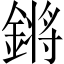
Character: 𨪙